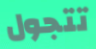
تتجول